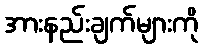
အားနည်းချက်များကို